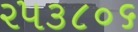
૨૫૩૮૦૬